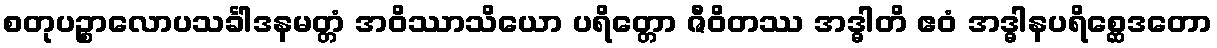
စတုပဉ္စာလောပသင်္ခါဒနမတ္တံ အဝိဿာသိယော ပရိတ္တော ဇီဝိတဿ အဒ္ဓါတိ ဧဝံ အဒ္ဓါနပရိစ္ဆေဒတော